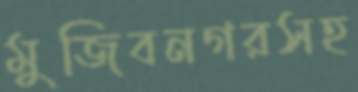
মুজিবনগরসহ